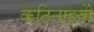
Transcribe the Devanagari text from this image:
कठिनाइयोें